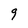
Character: 9